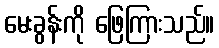
မေးခွန်းကို ဖြေကြားသည်။